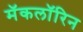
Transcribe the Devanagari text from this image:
मॅकलॉरिन